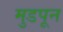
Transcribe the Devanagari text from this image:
मुडपून